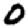
Digit: 0